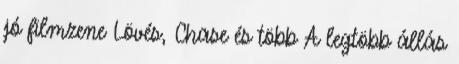
jó filmzene Lövés, Chase és több A legtöbb állás